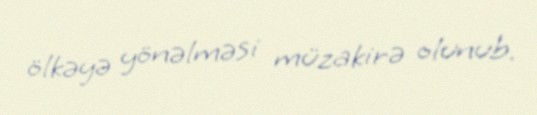
ölkəyə yönəlməsi müzakirə olunub.